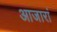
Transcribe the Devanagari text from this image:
आजारां